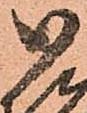
御